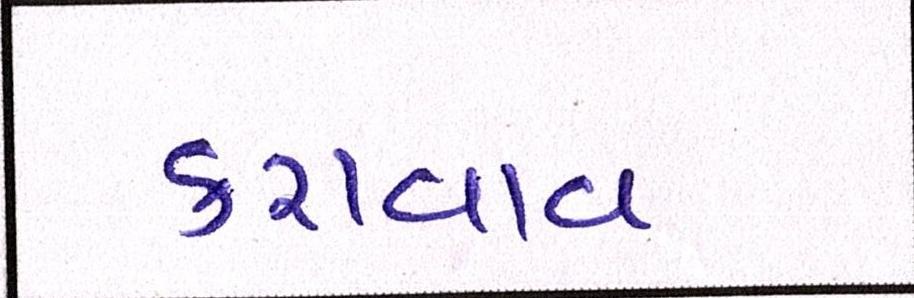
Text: કરાવાવ